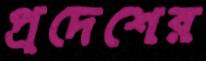
প্রদেশের